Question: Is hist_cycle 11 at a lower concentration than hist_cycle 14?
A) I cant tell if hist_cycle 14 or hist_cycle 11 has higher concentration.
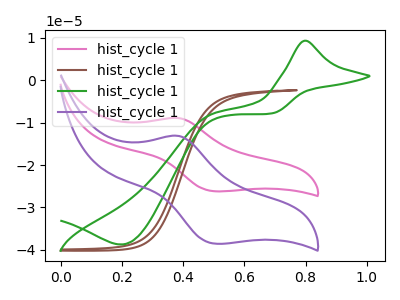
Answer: <think>The pink curve "hist_cycle 11" has an anodic peak at (0.40V, -8.90uA) and a cathodic peak at (0.50V, -26.20uA). The brown curve "hist_cycle 12" has no peaks. The green curve "hist_cycle 13" has an anodic peak at (0.80V, 9.35uA) and a cathodic peak at (0.20V, -38.75uA). The purple curve "hist_cycle 14" has an anodic peak at (0.40V, -13.10uA) and a cathodic peak at (0.50V, -38.55uA).
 All the peaks in "hist_cycle 14" have a peak in "hist_cycle 11" at the same potential.</think>
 <answer>A) I cant tell if "hist_cycle 14" or "hist_cycle 11" has higher concentration.</answer>
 <eval>A</eval>